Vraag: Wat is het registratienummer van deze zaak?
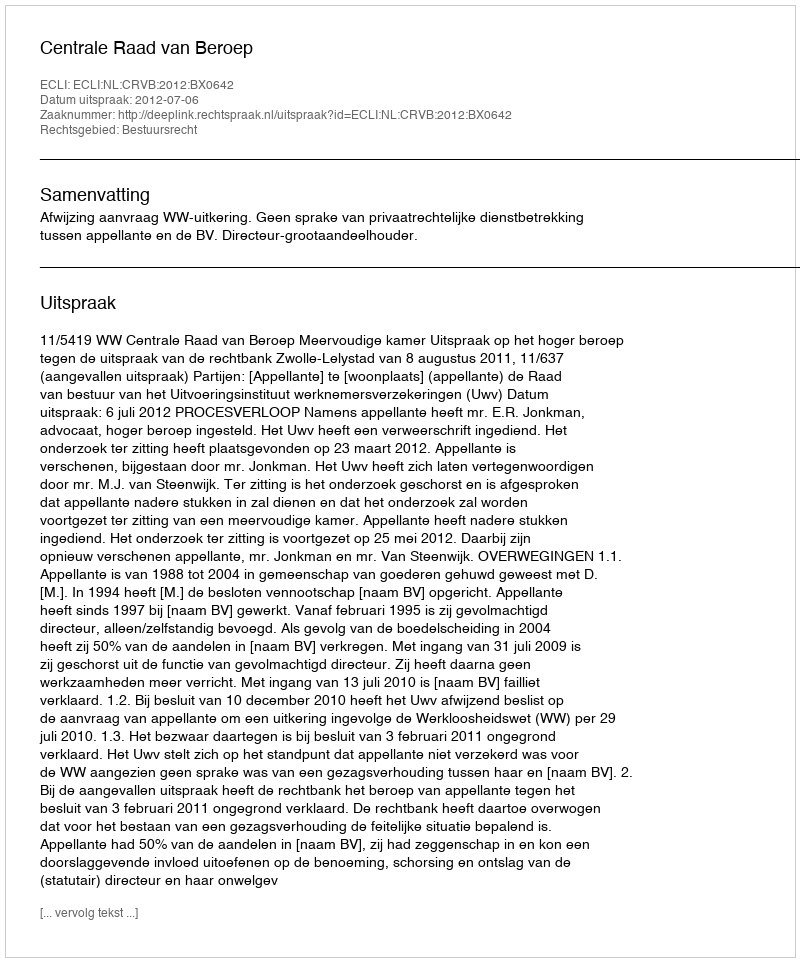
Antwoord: http://deeplink.rechtspraak.nl/uitspraak?id=ECLI:NL:CRVB:2012:BX0642